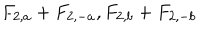
F _ { 2 , a } + F _ { 2 , - a } , F _ { 2 , b } + F _ { 2 , - b }